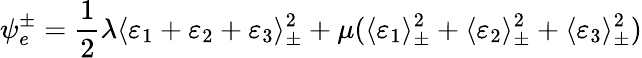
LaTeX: \psi_{e}^{\pm}=\frac 12\lambda\langle\varepsilon_{1}+\varepsilon_{2}+\varepsilon_{3}\rangle_{{\pm}}^{2}+\mu(\langle\varepsilon_{1}\rangle_{{\pm}}^{2}+\langle\varepsilon_{2}\rangle_{{\pm}}^{2}+\langle\varepsilon_{3}\rangle_{{\pm}}^{2})